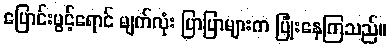
ပြောင်းပွင့်ရောင် မျက်လုံး ပြာပြာများက ပြုံးနေကြသည်။